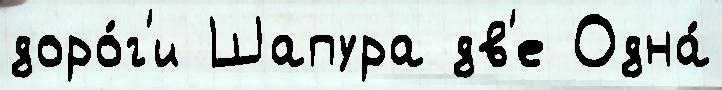
доро́г'и Шапура дв'е Одна́